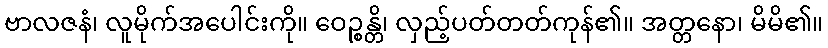
ဗာလဇနံ၊ လူမိုက်အပေါင်းကို။ ဝေဉ္စန္တိ၊ လှည့်ပတ်တတ်ကုန်၏။ အတ္တနော၊ မိမိ၏။